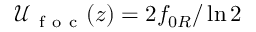
\mathcal { U } _ { \mathrm { ~ f ~ o ~ c ~ } } ( z ) = 2 f _ { 0 R } / \ln 2